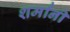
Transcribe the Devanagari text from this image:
शर्मांनी